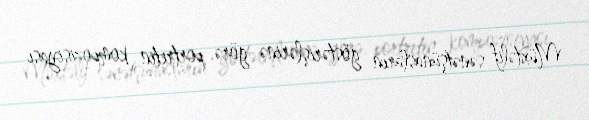
Müxtəlif sənətşünasların göstərişlərinə görə, portretin kompozisiyası